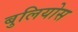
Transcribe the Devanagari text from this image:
बुलियोस